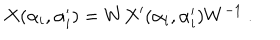
X ( \alpha _ { i } , \alpha _ { i } ^ { \prime } ) = W X ^ { \prime } ( \alpha _ { i } , \alpha _ { i } ^ { \prime } ) W ^ { - 1 } ~ .